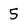
Character: 5